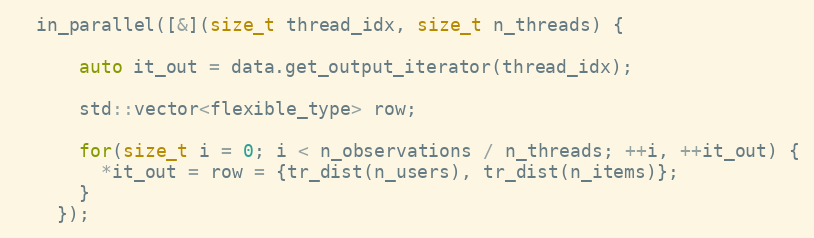
Language: C++
  in_parallel([&](size_t thread_idx, size_t n_threads) {

      auto it_out = data.get_output_iterator(thread_idx);

      std::vector<flexible_type> row;

      for(size_t i = 0; i < n_observations / n_threads; ++i, ++it_out) {
        *it_out = row = {tr_dist(n_users), tr_dist(n_items)};
      }
    });